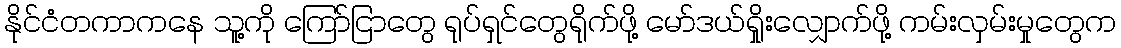
နိုင်ငံတကာကနေ သူ့ကို ကြော်ငြာတွေ ရုပ်ရှင်တွေရိုက်ဖို့ မော်ဒယ်ရှိုးလျှောက်ဖို့ ကမ်းလှမ်းမှုတွေက